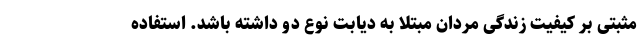
مثبتی بر کیفیت زندگی مردان مبتلا به دیابت نوع دو داشته باشد. استفاده